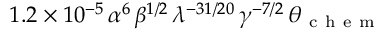
1 . 2 \times 1 0 ^ { - 5 } \, \alpha ^ { 6 } \, \beta ^ { 1 / 2 } \, \lambda ^ { - 3 1 / 2 0 } \, \gamma ^ { - 7 / 2 } \, \theta _ { \mathrm { ~ c ~ h ~ e ~ m ~ } }